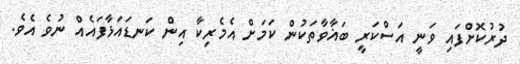
ދުރުކޮށްފައި ވަނީ އަސްކަރީ ބަޣާވާތަކުން ކަމަށް އެމެރިކާ އިން ކަނޑައަޅާފައެއް ނުވެ އެވެ.